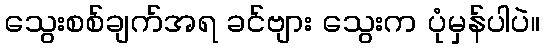
သွေးစစ်ချက်အရ ခင်ဗျား သွေးက ပုံမှန်ပါပဲ။